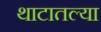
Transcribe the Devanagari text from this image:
थाटातल्या